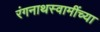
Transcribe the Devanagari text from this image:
रंगनाथस्वामींच्या